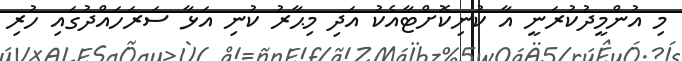
މި އުންމީދުކުރަނީ އާ ކުނިކޮށްޓާއެކު އަދި މިޙާރު ކުނި އަޅާ ސަރަހައްދުގައި ހުރި